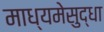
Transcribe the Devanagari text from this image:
माध्यमेसुद्धा